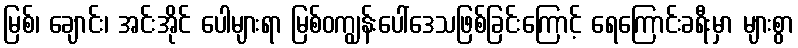
မြစ်၊ ချောင်း၊ အင်းအိုင် ပေါများရာ မြစ်ဝကျွန်းပေါ်ဒေသဖြစ်ခြင်းကြောင့် ရေကြောင်းခရီးမှာ များစွာ